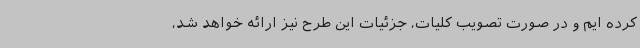
کرده ایم و در صورت تصویب کلیات، جزئیات این طرح‌ نیز ارائه خواهد شد،